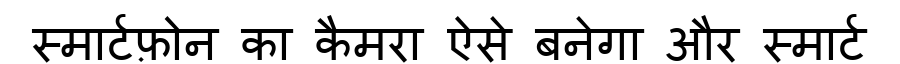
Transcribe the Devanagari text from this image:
स्मार्टफ़ोन का कैमरा ऐसे बनेगा और स्मार्ट